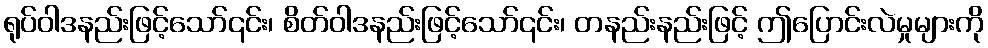
ရုပ်ဝါဒနည်းဖြင့်သော်၎င်း၊ စိတ်ဝါဒနည်းဖြင့်သော်၎င်း၊ တနည်းနည်းဖြင့် ဤပြောင်းလဲမှုများကို